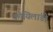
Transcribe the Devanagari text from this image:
कोयिलांडी